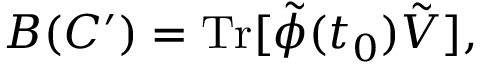
B ( C ^ { \prime } ) = \mathrm { T r } [ \tilde { \phi } ( t _ { 0 } ) \tilde { V } ] ,